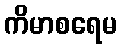
ကိမာစရေမ